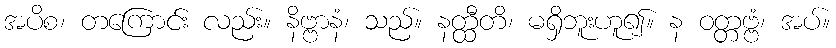
အပိစ၊ တကြောင်း လည်း။ နိဗ္ဗာနံ၊ သည်။ နတ္ထီတိ၊ မရှိဘူးဟူ၍။ န ဝတ္တဗ္ဗံ၊ အပ်။